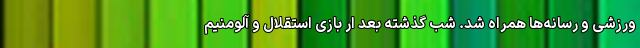
ورزشی و رسانه‌ها همراه شد. شب گذشته بعد ار بازی استقلال و آلومنیم